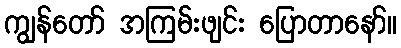
ကျွန်တော် အကြမ်းဖျင်း ပြောတာနော်။